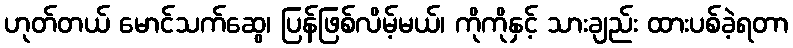
ဟုတ်တယ် မောင်သက်ဆွေ၊ ပြန်ဖြစ်လိမ့်မယ်၊ ကိုကိုနှင့် သားချည်း ထားပစ်ခဲ့ရတာ